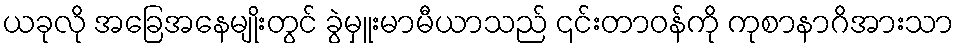
ယခုလို အခြေအနေမျိုးတွင် ခွဲမှူးမာမီယာသည် ၎င်းတာဝန်ကို ကုစာနာဂိအားသာ